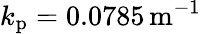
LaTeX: k_{\mathrm{p}}=0.0785\, \mathrm{m}^{-1}